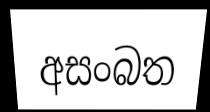
අසංබත